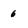
Character: 6